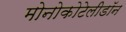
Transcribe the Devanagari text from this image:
मोनोकोटेलीडॉन